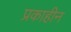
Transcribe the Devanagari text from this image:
प्रकाहीन